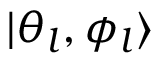
| \theta _ { l } , \phi _ { l } \rangle